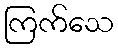
ကြက်သေ